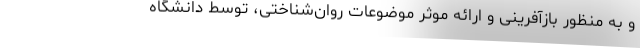
و به منظور بازآفرینی و ارائه موثر موضوعات روان‌شناختی، توسط دانشگاه